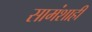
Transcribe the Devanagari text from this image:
सामंशाही